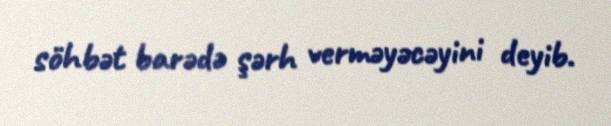
söhbət barədə şərh verməyəcəyini deyib.